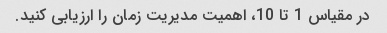
در مقیاس 1 تا 10، اهمیت مدیریت زمان را ارزیابی کنید.